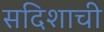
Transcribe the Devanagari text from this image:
सदिशाची